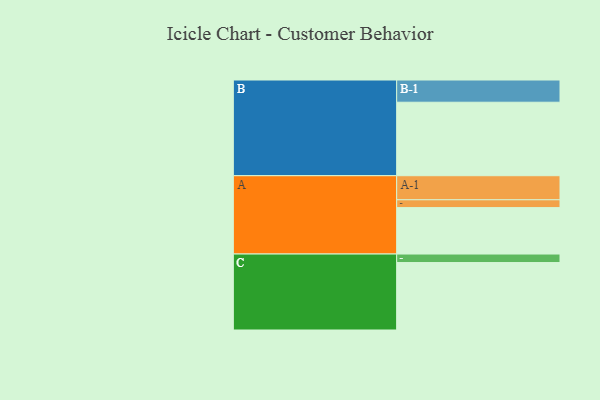
{"axis": {"x": "Segment", "y": "Value"}, "legend": ["", "A", "B", "C"], "data": [{"x": "A", "y": 355, "type": ""}, {"x": "B", "y": 562, "type": ""}, {"x": "C", "y": 516, "type": ""}, {"x": "A-1", "y": 184, "type": "A"}, {"x": "A-2", "y": 60, "type": "A"}, {"x": "B-1", "y": 170, "type": "B"}, {"x": "C-1", "y": 65, "type": "C"}]}